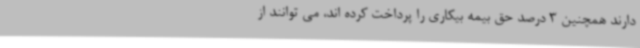
دارند همچنین 3 درصد حق بیمه بیکاری را پرداخت کرده اند، می توانند از